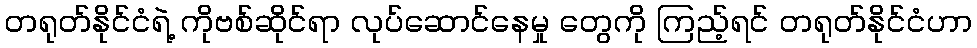
တရုတ်နိုင်ငံရဲ့ ကိုဗစ်ဆိုင်ရာ လုပ်ဆောင်နေမှု တွေကို ကြည့်ရင် တရုတ်နိုင်ငံဟာ